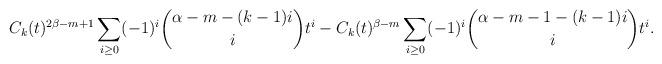
LaTeX: \begin{align*}C_k(t)^{2\beta-m+1} \sum_{i \geq 0} (-1)^i \binom{\alpha-m-(k-1)i}{i} t^i - C_k(t)^{\beta-m} \sum_{i \geq 0} (-1)^i \binom{\alpha-m-1-(k-1)i}{i} t^i.\end{align*}